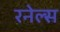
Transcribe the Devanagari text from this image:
रनेल्स